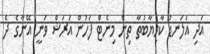
އަދި އެލަނޑު ކާމިޔާބުތާ ތިން މިނެޓް ފަހުން އަރަޝް ވަނީ އޭނާގެ ދެ